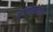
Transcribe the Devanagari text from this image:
भावासोबतच